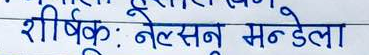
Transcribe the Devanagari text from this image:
शीर्षक: नेल्सन मन्डेला